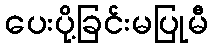
ပေးပို့ခြင်းမပြုမီ